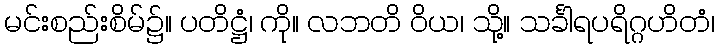
မင်းစည်းစိမ်၌။ ပတိဋ္ဌံ၊ ကို။ လဘတိ ဝိယ၊ သို့။ သင်္ခါရပရိဂ္ဂဟိတံ၊